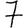
Digit: 7